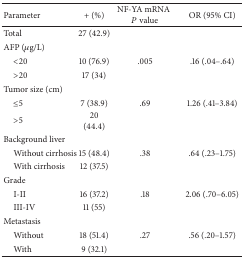
<table><thead><tr><td><b>Parameter</b></td><td><b>+ (%)</b></td><td><b>NF-YA mRNA<i>P</i> value</b></td><td><b>OR (95% CI)</b></td></tr></thead><tbody><tr><td>Total</td><td>27 (42.9)</td><td> </td><td> </td></tr><tr><td>AFP (<i>μ</i>g/L)</td><td> </td><td> </td><td> </td></tr><tr><td> &lt;20</td><td>10 (76.9)</td><td>.005</td><td>.16 (.04–.64)</td></tr><tr><td> &gt;20</td><td>17 (34)</td><td> </td><td> </td></tr><tr><td>Tumor size (cm)</td><td> </td><td> </td><td> </td></tr><tr><td> ≤5</td><td>7 (38.9)</td><td>.69</td><td>1.26 (.41–3.84)</td></tr><tr><td> &gt;5</td><td>20 (44.4)</td><td> </td><td> </td></tr><tr><td>Background liver</td><td> </td><td> </td><td> </td></tr><tr><td> Without cirrhosis</td><td>15 (48.4)</td><td>.38</td><td>.64 (.23–1.75)</td></tr><tr><td> With cirrhosis</td><td>12 (37.5)</td><td> </td><td> </td></tr><tr><td>Grade</td><td> </td><td> </td><td> </td></tr><tr><td> I-II</td><td>16 (37.2)</td><td>.18</td><td>2.06 (.70–6.05)</td></tr><tr><td> III-IV</td><td>11 (55)</td><td> </td><td> </td></tr><tr><td>Metastasis</td><td> </td><td> </td><td> </td></tr><tr><td> Without</td><td>18 (51.4)</td><td>.27</td><td>.56 (.20–1.57)</td></tr><tr><td> With</td><td>9 (32.1)</td><td> </td><td> </td></tr></tbody></table>